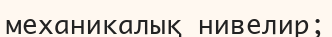
механикалық нивелир;